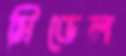
মিডেল